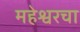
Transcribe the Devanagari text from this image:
महेश्वरचा